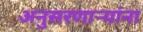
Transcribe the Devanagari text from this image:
अनुसरणाऱ्यांना